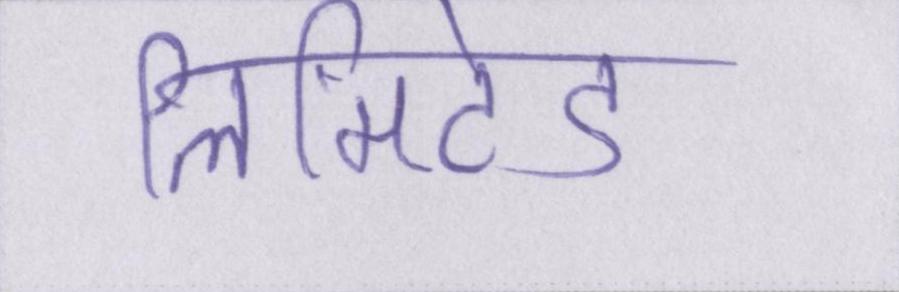
लिमिटेड